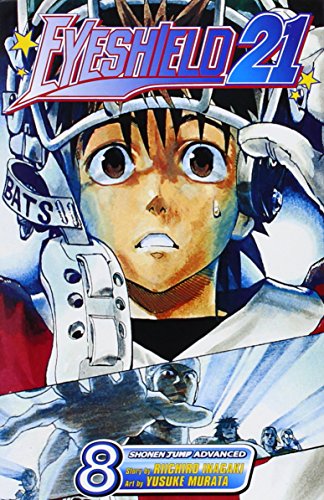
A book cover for Eyeshield 21, Vol. 8; Riichiro Inagaki; Comics & Graphic Novels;